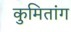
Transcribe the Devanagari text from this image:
कुमितांग